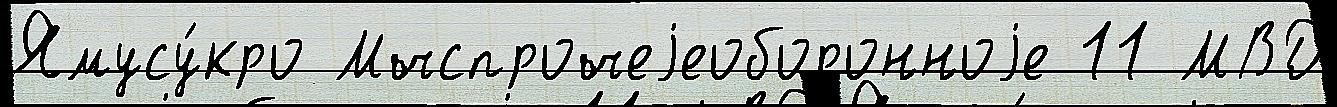
Ямусу́кро Мчспрочеjеоборонноjе 11 МВД